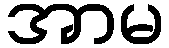
အာမ